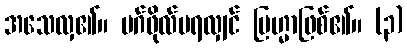
အသေလှ၏။ မဂ်ဖိုလ်မရလျှင် ဗြဟ္မာဖြစ်၏။ (၃)